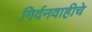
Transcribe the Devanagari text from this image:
गिर्दनवाहीचे